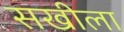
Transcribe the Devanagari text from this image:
सखीला